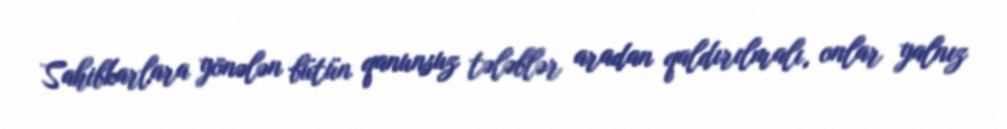
Sahibkarlara yönələn bütün qanunsuz tələblər aradan qaldırılmalı, onlar yalnız